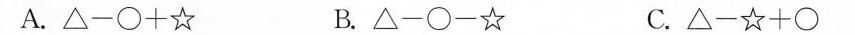
A.$$△ - \Box +☆$$ B.$$△ - \Box - ☆$$ C.$$△ - ☆ + \Box$$